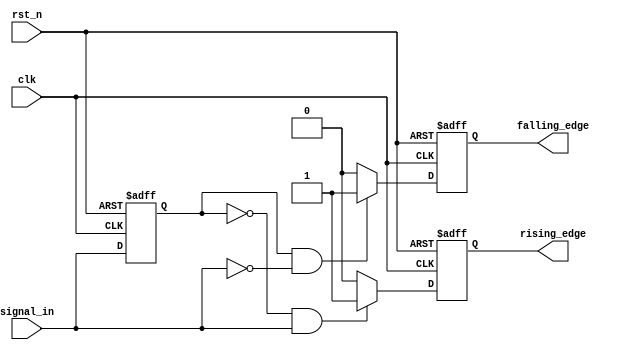
module schmitt_trigger_edge_detector (
    input wire clk,                // Clock signal
    input wire rst_n,              // Active low reset
    input wire signal_in,          // Input signal to detect edges
    output reg rising_edge,        // Rising edge output
    output reg falling_edge        // Falling edge output
);

    // Parameters for hysteresis thresholds
    parameter THRESHOLD_LOW = 1'b0;     // Lower threshold
    parameter THRESHOLD_HIGH = 1'b1;    // Upper threshold

    // State registers
    reg signal_prev;                   // Previous state of the input signal

    // Edge detection logic
    always @(posedge clk or negedge rst_n) begin
        if (!rst_n) begin
            // Initialize outputs and previous state
            rising_edge <= 1'b0;
            falling_edge <= 1'b0;
            signal_prev <= THRESHOLD_LOW;
        end else begin
            // Store the previous state of the input signal
            signal_prev <= signal_in;

            // Rising edge detection
            if (signal_prev == THRESHOLD_LOW && signal_in == THRESHOLD_HIGH) begin
                rising_edge <= 1'b1; // Rising edge detected
            end else begin
                rising_edge <= 1'b0; // No rising edge
            end

            // Falling edge detection
            if (signal_prev == THRESHOLD_HIGH && signal_in == THRESHOLD_LOW) begin
                falling_edge <= 1'b1; // Falling edge detected
            end else begin
                falling_edge <= 1'b0; // No falling edge
            end
        end
    end

endmodule